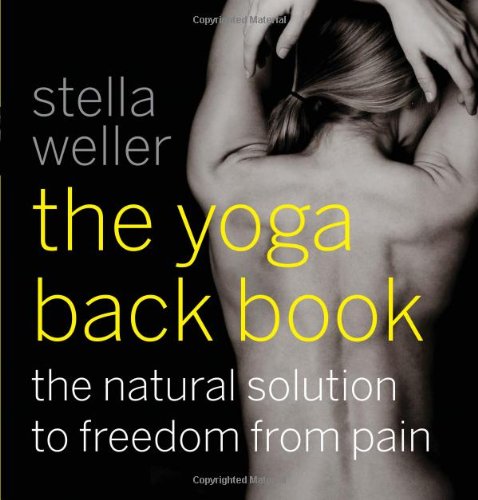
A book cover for The Yoga Back Book: The Natural Solution to Freedom from Pain; Stella Weller; Health, Fitness & Dieting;